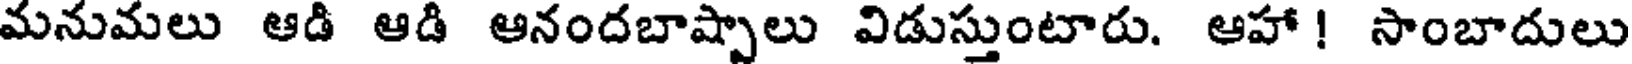
మనుమలు ఆడి ఆడి ఆనందబాష్పాలు విడుస్తుంటారు. ఆహా! సాంబాదులు